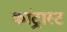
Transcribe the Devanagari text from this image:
कांट्रास्ट